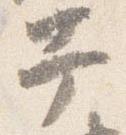
幸